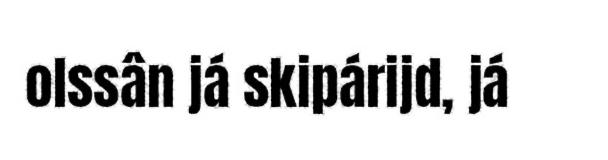
olssân já skipárijd, já